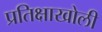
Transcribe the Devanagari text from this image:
प्रतिक्षाखोली